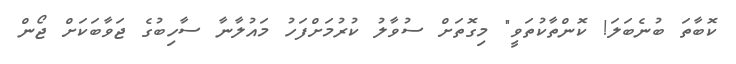
ކޮބާތަ ބުނެބަލަ! ކޮންތާކުތަވީ" މިގޮތަށް ސުވާލު ކުރުމަށްފަހު މައުލާނާ ސާހިބުގެ ޖަވާބަކަށް ޖޯން